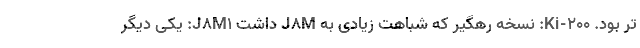
تر بود. Ki-200: نسخه رهگیر که شباهت زیادی به J8M داشت J8M1: یکی دیگر